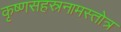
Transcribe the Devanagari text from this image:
कृष्णसहस्रनामस्तोत्र